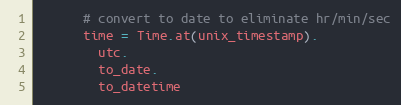
Language: Ruby
      # convert to date to eliminate hr/min/sec
      time = Time.at(unix_timestamp).
        utc.
        to_date.
        to_datetime